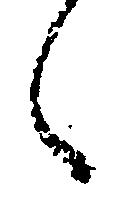
々